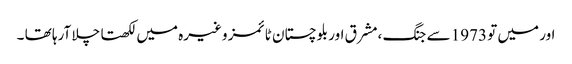
اور میں تو 1973 سے جنگ ،مشرق اور بلوچستان ٹائمز وغیرہ میں لکھتا چلا آرہا تھا ۔